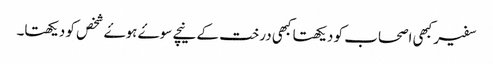
سفیر کبھی اصحاب کو دیکھتا کبھی درخت کے نیچے سوۓ ہوۓ شخص کو دیکھتا۔